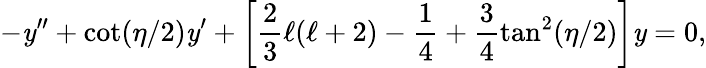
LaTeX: -\mathit{y}^{\prime\prime}+\cot(\eta/2)\mathit{y}^{\prime}+\left[\frac{{2}}{{3}}\ell(\ell+2)-\frac{{1}}{{4}}+\frac{{3}}{{4}}\tan^{2}(\eta/2)\right]\mathit{y}=0,